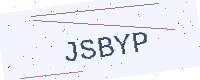
Text: JSBYP